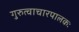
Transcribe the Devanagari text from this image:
गुरुत्वाचारपालकः